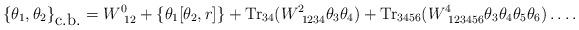
LaTeX: \begin{align*}\{\theta_1,\theta_2\}_{\mbox{c.b.}}=W^{0}_{~12}+ \left\{\theta_1[\theta_2,r]\right\}+\mbox{Tr}_{34}(W^2_{~1234}\theta_3\theta_4)+\mbox{Tr}_{3456}(W^4_{~123456}\theta_3\theta_4\theta_5\theta_6)\ldots. \end{align*}